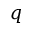
q